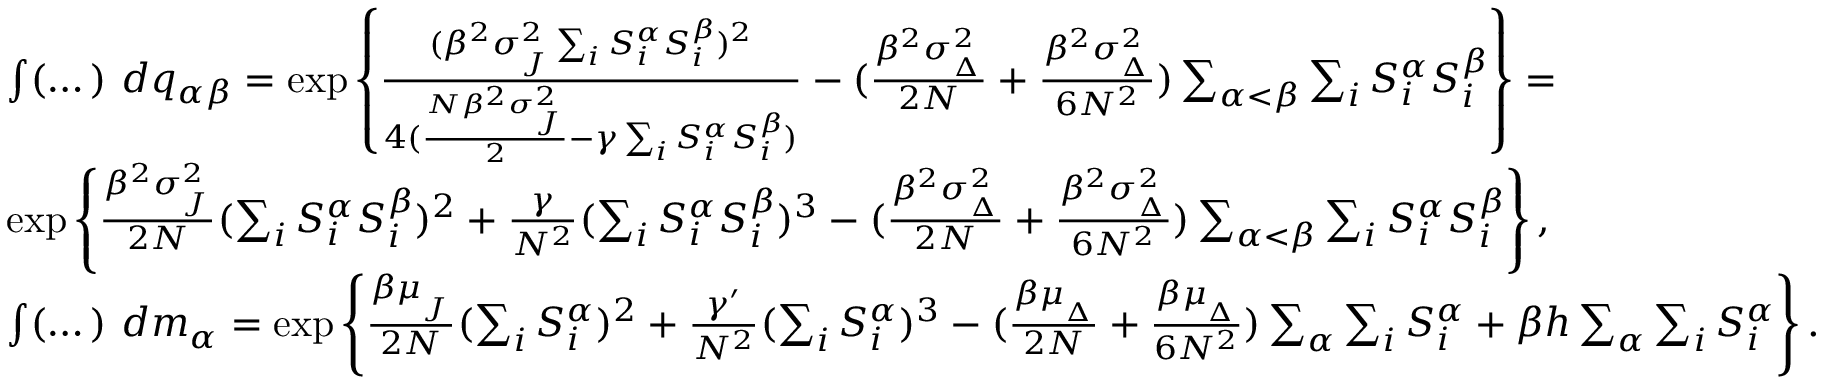
\begin{array} { r l } & { \int ( \dots ) \ d q _ { \alpha \beta } = \exp \left\{ \frac { ( \beta ^ { 2 } \sigma _ { _ { J } } ^ { 2 } \sum _ { i } S _ { i } ^ { \alpha } S _ { i } ^ { \beta } ) ^ { 2 } } { 4 ( \frac { N \beta ^ { 2 } \sigma _ { _ { J } } ^ { 2 } } { 2 } - \gamma \sum _ { i } S _ { i } ^ { \alpha } S _ { i } ^ { \beta } ) } - ( \frac { \beta ^ { 2 } \sigma _ { _ { \Delta } } ^ { 2 } } { 2 N } + \frac { \beta ^ { 2 } \sigma _ { _ { \Delta } } ^ { 2 } } { 6 N ^ { 2 } } ) \sum _ { \alpha < \beta } \sum _ { i } S _ { i } ^ { \alpha } S _ { i } ^ { \beta } \right\} = } \\ & { \exp \left\{ \frac { \beta ^ { 2 } \sigma _ { _ { J } } ^ { 2 } } { 2 N } ( \sum _ { i } S _ { i } ^ { \alpha } S _ { i } ^ { \beta } ) ^ { 2 } + \frac { \gamma } { N ^ { 2 } } ( \sum _ { i } S _ { i } ^ { \alpha } S _ { i } ^ { \beta } ) ^ { 3 } - ( \frac { \beta ^ { 2 } \sigma _ { _ { \Delta } } ^ { 2 } } { 2 N } + \frac { \beta ^ { 2 } \sigma _ { _ { \Delta } } ^ { 2 } } { 6 N ^ { 2 } } ) \sum _ { \alpha < \beta } \sum _ { i } S _ { i } ^ { \alpha } S _ { i } ^ { \beta } \right\} , } \\ & { \int ( \dots ) \ d m _ { \alpha } = \exp \left\{ \frac { \beta \mu _ { _ { J } } } { 2 N } ( \sum _ { i } S _ { i } ^ { \alpha } ) ^ { 2 } + \frac { \gamma ^ { \prime } } { N ^ { 2 } } ( \sum _ { i } S _ { i } ^ { \alpha } ) ^ { 3 } - ( \frac { \beta \mu _ { _ { \Delta } } } { 2 N } + \frac { \beta \mu _ { _ { \Delta } } } { 6 N ^ { 2 } } ) \sum _ { \alpha } \sum _ { i } S _ { i } ^ { \alpha } + \beta h \sum _ { \alpha } \sum _ { i } S _ { i } ^ { \alpha } \right\} . } \end{array}